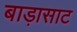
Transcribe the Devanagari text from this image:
बाड़ासाट